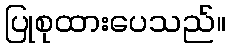
ပြုစုထားပေသည်။